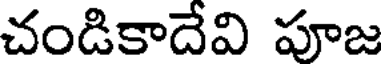
చండికాదేవి పూజ